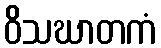
ဝိသဃာတကံ